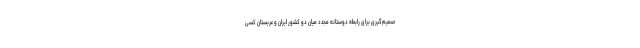
صمیم‌گیری برای رابطه دوستانه مجدد میان دو کشور ایران و عربستان کسی